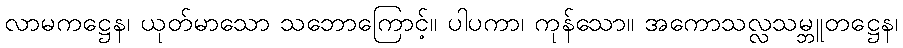
လာမကဋ္ဌေန၊ ယုတ်မာသော သဘောကြောင့်။ ပါပကာ၊ ကုန်သော။ အကောသလ္လသမ္ဘူတဋ္ဌေန၊